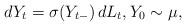
LaTeX: \begin{align*}dY_t = \sigma(Y_{t-}) \, dL_t, Y_0 \sim \mu, \end{align*}